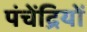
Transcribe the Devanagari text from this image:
पंचेंद्रियों